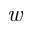
\textit { w }